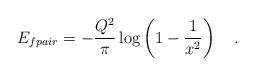
LaTeX: \begin{align*}E_{fpair} = -\frac{Q^2}{\pi} \log\left(1-\frac{1}{x^2}\right)\quad. \end{align*}